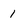
Character: 1